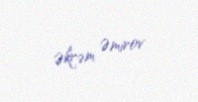
Əkrəm Əmirov